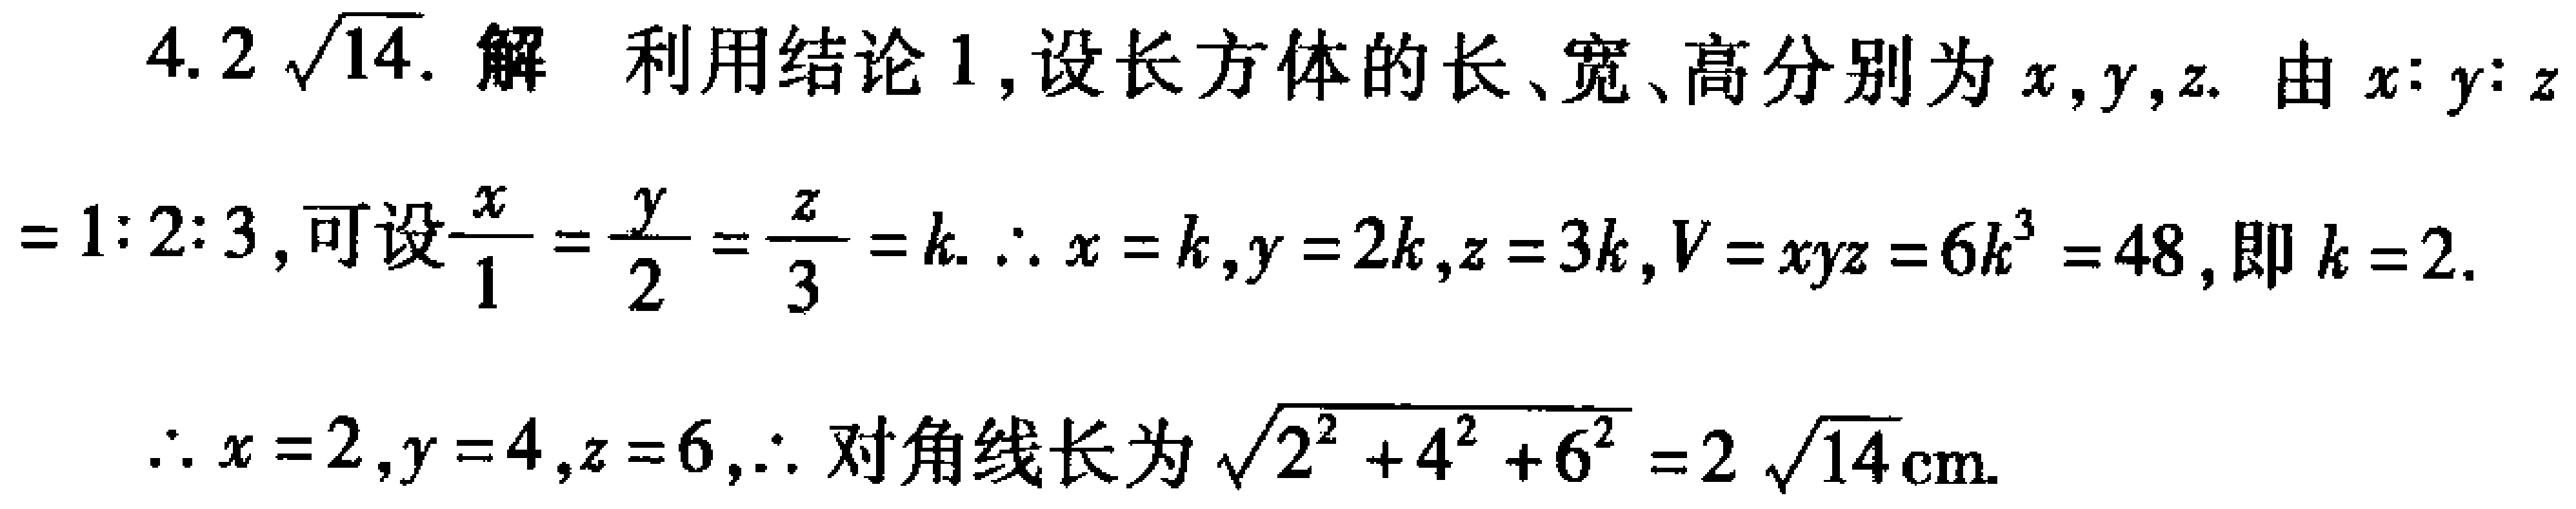
4. \(2\sqrt{14}\). 解 利用结论1,设长方体的长、宽、高分别为\(x,y,z\). 由\(x:y:z = 1:2:3\),可设\(\frac{x}{1}=\frac{y}{2}=\frac{z}{3}=k\). \(\therefore x = k,y = 2k,z = 3k,V = xyz = 6k^{3}=48\),即\(k = 2\). \(\therefore x = 2,y = 4,z = 6,\therefore\)对角线长为\(\sqrt{2^{2}+4^{2}+6^{2}}=2\sqrt{14}\text{cm}\).